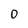
Character: 0